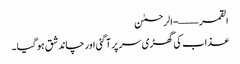
القمر ——- الرحمٰن
عذاب کی گھڑی سر پر آ گئی اور چاند شق ہو گیا۔